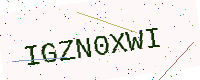
Text: IGZN0XWI